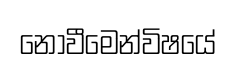
නොවීමෙන්විෂයේ